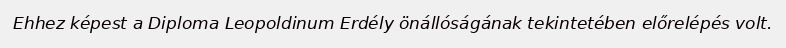
Ehhez képest a Diploma Leopoldinum Erdély önállóságának tekintetében előrelépés volt.